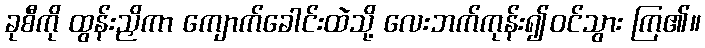
ခုစီကို ထွန်းညှိကာ ကျောက်ခေါင်းထဲသို့ လေးဘက်ကုန်း၍ဝင်သွား ကြ၏။